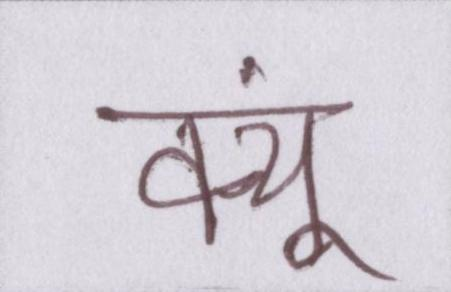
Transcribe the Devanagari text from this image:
क्यूं